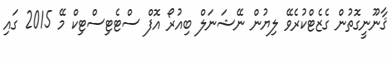
ޤާނޫނީގޮތުން ގެޒެޓްކުރެވޭ ލިޔުން ނޭޝަނަލް ބިއުރޯ އޮފް ސްޓެޓިސްޓިކް މޭ 2015 ގައި